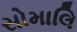
સોમાલિ